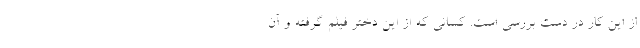
از این کار در دست بررسی است. کسانی که از این دختر فیلم گرفته و آن